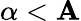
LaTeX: \alpha<\mathbf{A}